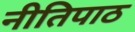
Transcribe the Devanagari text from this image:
नीतिपाठ